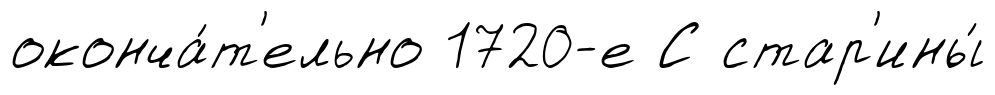
оконча́т'ельно 1720-е С стар'ины́